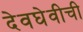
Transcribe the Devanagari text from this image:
देवघेवीची